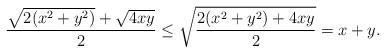
LaTeX: \begin{align*}\frac{\sqrt{2(x^2+y^2)}+\sqrt{4xy}}{2}\le \sqrt{\frac{2(x^2+y^2)+4xy}{2}}=x+y. \end{align*}